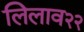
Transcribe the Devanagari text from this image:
लिलाव२२